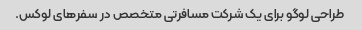
طراحی لوگو برای یک شرکت مسافرتی متخصص در سفرهای لوکس.